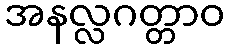
အနလ္လဂတ္တာဝ